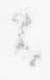
云